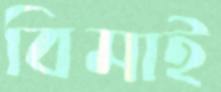
বিমাই